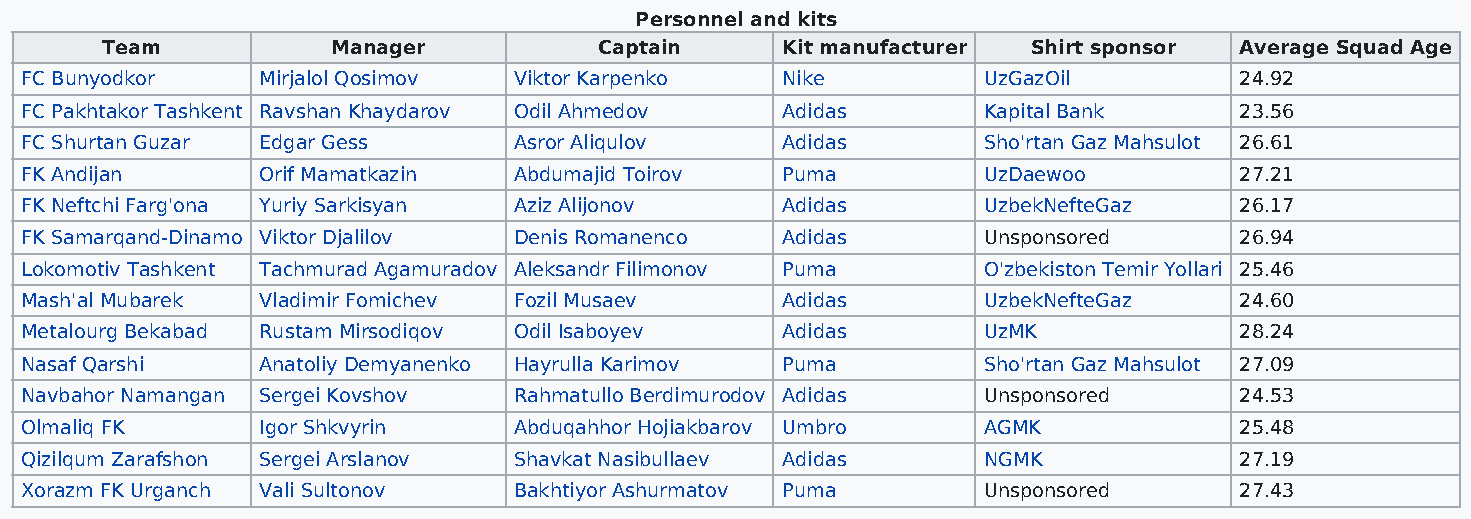
Personnel and kits
 Team           Manager           Captain     Kit manufacturer Shirt sponsor Average Squad Age
 FC Bunyodkor    Mirjalol Qosimov Viktor Karpenko   Nike         UzGazOil         24.92
 FC Pakhtakor Tashkent Ravshan Khaydarov Odil Ahmedov Adidas     Kapital Bank     23.56
 FC Shurtan Guzar Edgar Gess      Asror Aliqulov    Adidas       Sho'rtan Gaz Mahsulot 26.61
 FK Andijan      Orif Mamatkazin  Abdumajid Toirov  Puma         UzDaewoo         27.21
 FK Neftchi Farg'ona Yuriy Sarkisyan Aziz Alijonov  Adidas       UzbekNefteGaz    26.17
 FK Samarqand-Dinamo Viktor Djalilov Denis Romanenco Adidas      Unsponsored      26.94
 Lokomotiv Tashkent Tachmurad Agamuradov Aleksandr Filimonov Puma O'zbekiston Temir Yollari 25.46
 Mash'al Mubarek Vladimir Fomichev Fozil Musaev     Adidas       UzbekNefteGaz    24.60
 Metalourg Bekabad Rustam Mirsodiqov Odil Isaboyev  Adidas       UzMK             28.24
 Nasaf Qarshi    Anatoliy Demyanenko Hayrulla Karimov Puma       Sho'rtan Gaz Mahsulot 27.09
 Navbahor Namangan Sergei Kovshov Rahmatullo Berdimurodov Adidas Unsponsored      24.53
 Olmaliq FK      Igor Shkvyrin    Abduqahhor Hojiakbarov Umbro   AGMK             25.48
 Qizilqum Zarafshon Sergei Arslanov Shavkat Nasibullaev Adidas   NGMK             27.19
 Xorazm FK Urganch Vali Sultonov  Bakhtiyor Ashurmatov Puma      Unsponsored      27.43